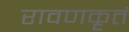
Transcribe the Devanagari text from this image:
रावणकृतं